Civil Veterinary Dept. Bombay admin report 1914-1922 - 1914-1922
Year: 1914
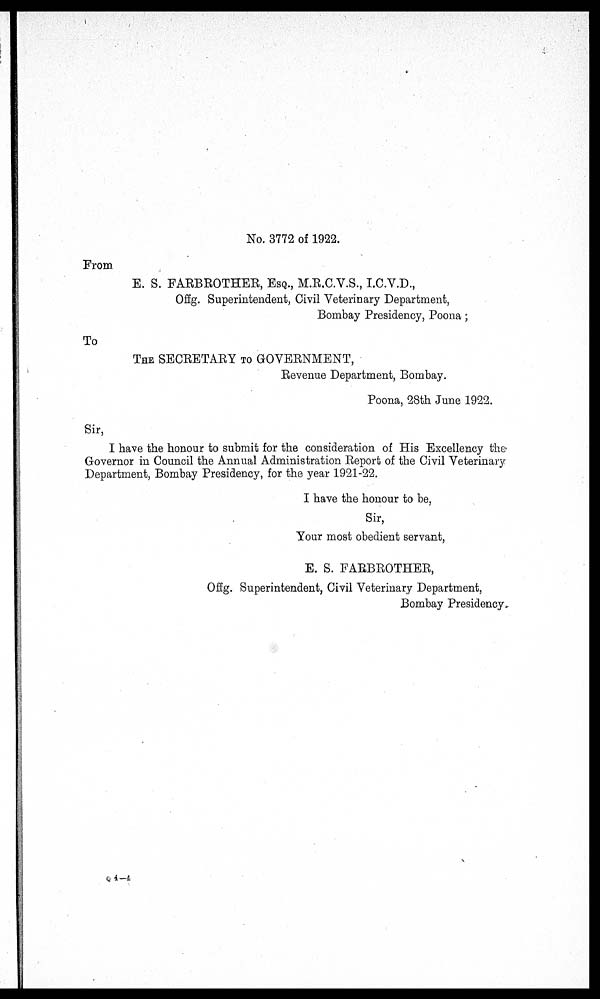
No. 3772 of 1922.
From
E. S. FARBROTHER, ESQ., M.R.C.V.S., I.C.V.D.,
Offg. Superintendent, Civil Veterinary Department,
Bombay Presidency, Poona;
To
THE SECRETARY TO GOVERNMENT,
Revenue Department, Bombay.
Poona, 28th June 1922.
Sir,
I have the honour to submit for the consideration of His Excellency the
Governor in Council the Annual Administration Report of the Civil Veterinary
Department, Bombay Presidency, for the year 1921-22.
I have the honour to be,
Sir,
Your most obedient servant,
E. S. FARBROTHER,
Offg. Superintendent, Civil Veterinary Department,
Bombay Presidency
Q 4—4